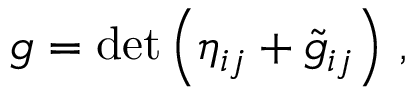
g = \mathrm { d e t } \left( \eta _ { i j } + { \tilde { g } } _ { i j } \right) \, ,